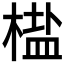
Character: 𬃳